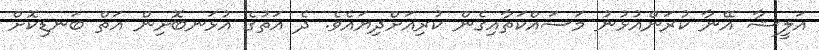
އަލީޝާ އޭނާ ކުރަންއުޅުނު މަސައްކަތާއިގެން ކުރިއަށްދިޔައެެވެ. ދެ އަތުގެ އުޅަނބޮށިން އަތް ބަނޑިކޮށް